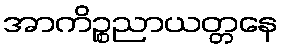
အာကိဉ္စညာယတ္တနေ